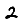
Digit: 2